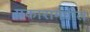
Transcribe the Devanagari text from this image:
प्रकारामधील